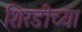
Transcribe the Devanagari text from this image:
शिरडीच्या